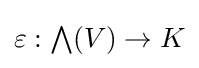
\varepsilon :{\textstyle \bigwedge }(V)\to K